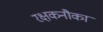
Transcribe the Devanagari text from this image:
रक्षकनौका